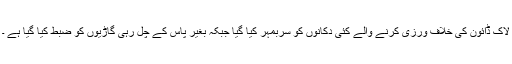
لاک ڈائون کی خلاف ورزی کرنے والے کئی دکانوں کو سربمہر کیا گیا جبکہ بغیر پاس کے چل رہی گاڑیوں کو ضبط کیا گیا ہے ۔